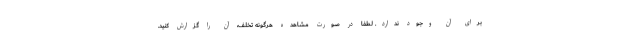
برای آن وجود ندارد. لطفا در صورت مشاهده هرگونه تخلف، آن را گزارش کنید.